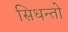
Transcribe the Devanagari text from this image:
सिधन्तो